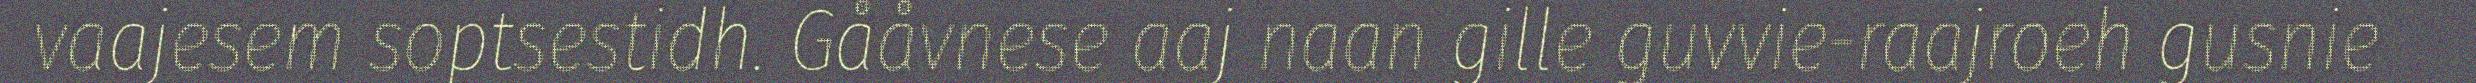
vaajesem soptsestidh. Gååvnese aaj naan gille guvvie-raajroeh gusnie